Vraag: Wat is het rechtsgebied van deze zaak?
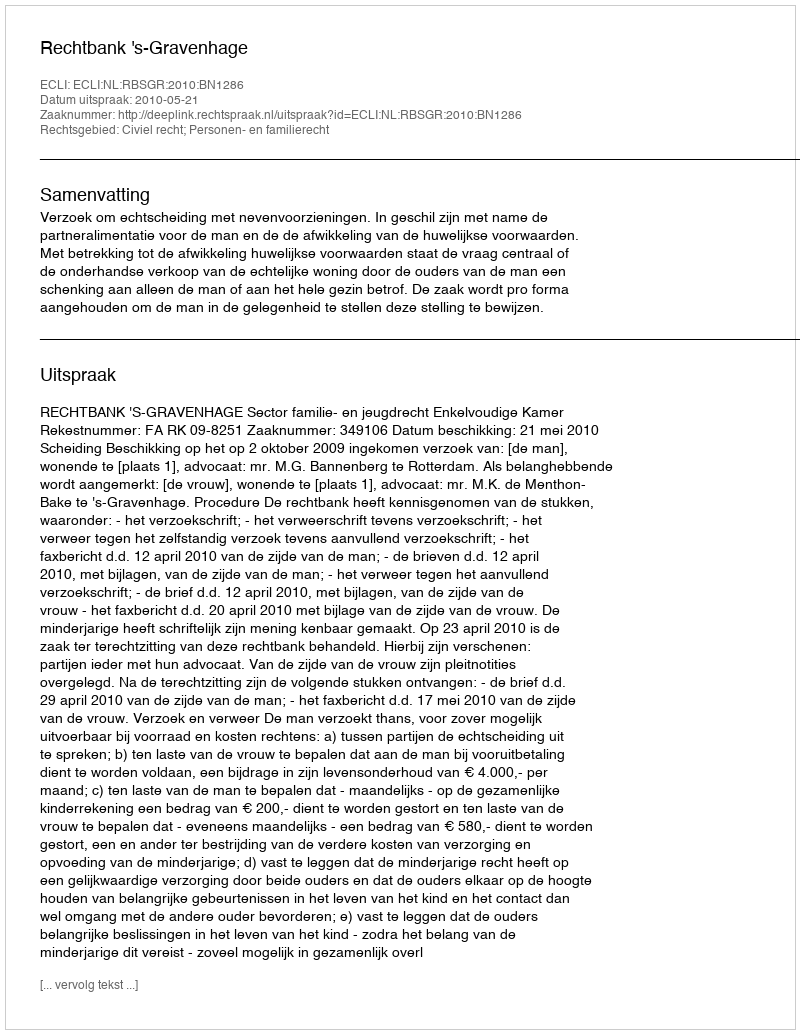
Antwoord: Civiel recht; Personen- en familierecht